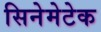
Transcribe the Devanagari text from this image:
सिनेमेटेक